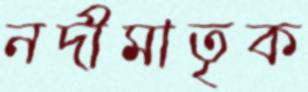
নদীমাতৃক